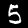
Digit: 5